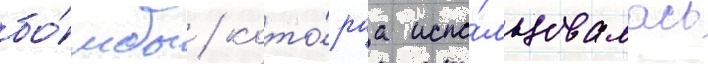
бо́мбы / кото́раа испо́льзовалась